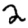
Digit: 2